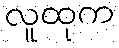
လူထုက